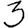
Digit: 3